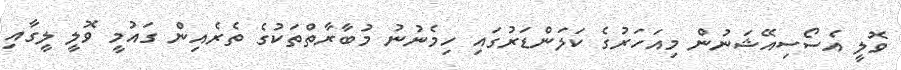
ވޮލީ އެސޯސިއޭޝަނުން މިއަހަރުގެ ކަލަންޑަރުގައި ހިމެނުނު މުބާރާތްތަކުގެ ތެރެއިން ގައުމީ ވޮލީ ލީގާއި